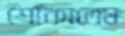
শোঁকাতেম